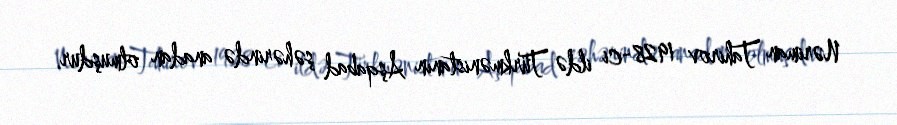
Nəriman Tahirov 1928-ci ildə Türkmənistanın Aşqabad şəhərində anadan olmuşdur.